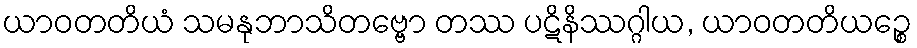
ယာဝတတိယံ သမနုဘာသိတဗ္ဗော တဿ ပဋိနိဿဂ္ဂါယ, ယာဝတတိယဉ္စေ